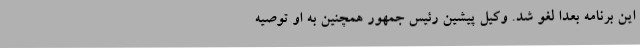
این برنامه بعداً لغو شد. وکیل پیشین رئیس جمهور همچنین به او توصیه